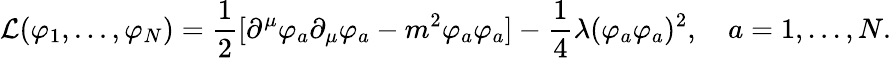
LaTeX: {\mathcal{L}}(\varphi_{1},...,\varphi_{N})={\frac{1}{2}}[\partial^{\mu}\varphi_{a}\partial_{\mu}\varphi_{a}-m^{2}\varphi_{a}\varphi_{a}]-{\frac{1}{4}}\lambda(\varphi_{a}\varphi_{a})^{2},\quad a=1,...,N.